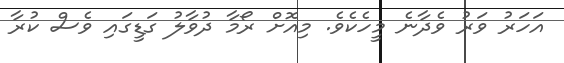
އަހަރު ވަރު ވެދާނެ މީހެކެވެ. މިއޮށް ރޯމާ ދުވާލު ގަޑީގައި ވެސް ކުރާ